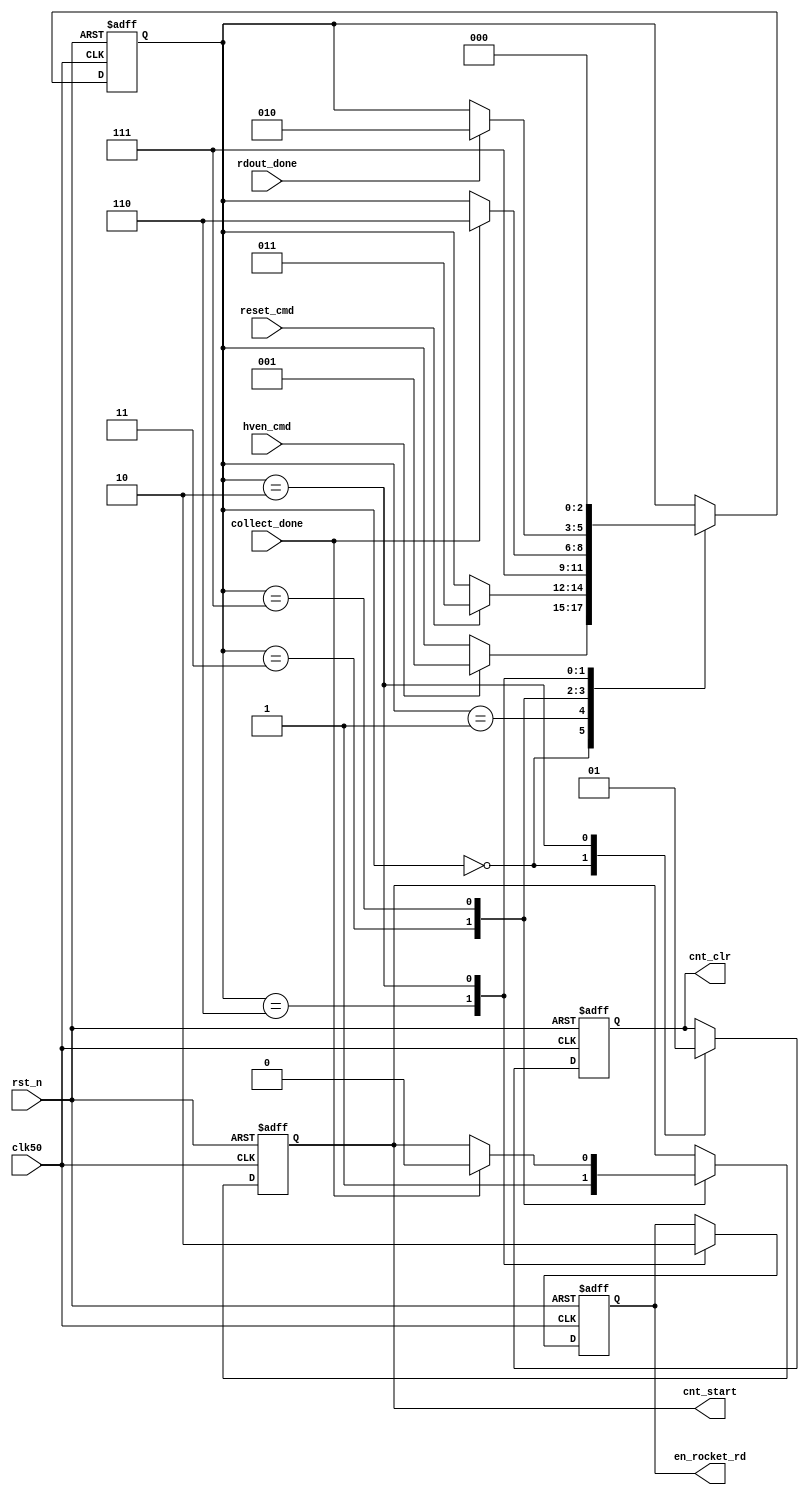
// apes_fsm.v
/******************************************************************************
*
* Module:       apes_fsm
* Description:
*
* Organization: SwRI - Space Science and Engineering Divsion (15)
* Phone:        210-522-3837
*
* Comments:
*
*
*  child of:
* parent of:
*
* Revisions:  - Base, 09/09/2013, J. Trevino, SwRI

*
*
******************************************************************************/
// Set simulator time unit / resolution

`timescale 1 ns / 100 ps

module apes_fsm ( clk50, rst_n, hven_cmd, reset_cmd, collect_done, en_rocket_rd,
              rdout_done, cnt_start, cnt_clr);

input        clk50;
input        rst_n;
input        hven_cmd;
input        reset_cmd;
input        collect_done;
input        rdout_done;
output       en_rocket_rd;
output       cnt_start;
output       cnt_clr;

reg    [2:0] state;
reg          en_rocket_rd;
reg          cnt_start;
reg          cnt_clr;


always @(posedge clk50 or negedge rst_n)
if (!rst_n) begin
  cnt_start   <= 1'b0;
  cnt_clr     <= 1'b0;
  state         <= 3'b0;
  en_rocket_rd  <= 1'b0;
end else begin
  case (state)
    3'b000: begin
      cnt_clr <= 1'b0;
      if (hven_cmd)
        state     <= 3'b001;
      end

    3'b001: begin
       if (reset_cmd)
          state <= 3'b011;
       end

    3'b011: begin
        cnt_start <= 1'b1;
        state       <= 3'b111;
      end

    3'b111: begin
       if (collect_done)
       begin
          cnt_start <= 1'b0;
          state       <= 3'b110;
          end
       end

    3'b110: begin
        en_rocket_rd <= 1'b1;
        if(rdout_done)
           state <= 3'b010;
        end

    3'b010: begin
      en_rocket_rd <= 1'b0;
      cnt_clr  <= 1'b1;
      state <= 3'b000;
    end
  endcase
end


endmodule